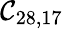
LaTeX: \mathcal{C}_{28,17}